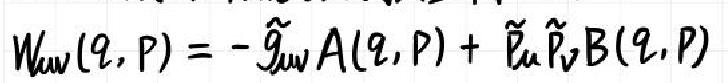
$W_{\mu\nu}(q,p)=-\tilde{g}_{\mu\nu}A(q,p)+\tilde{p}_{\mu}\tilde{p}_{\nu}B(q,p)$